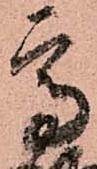
高